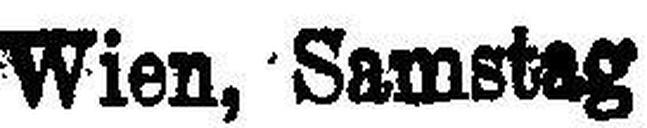
Wien, Samstag